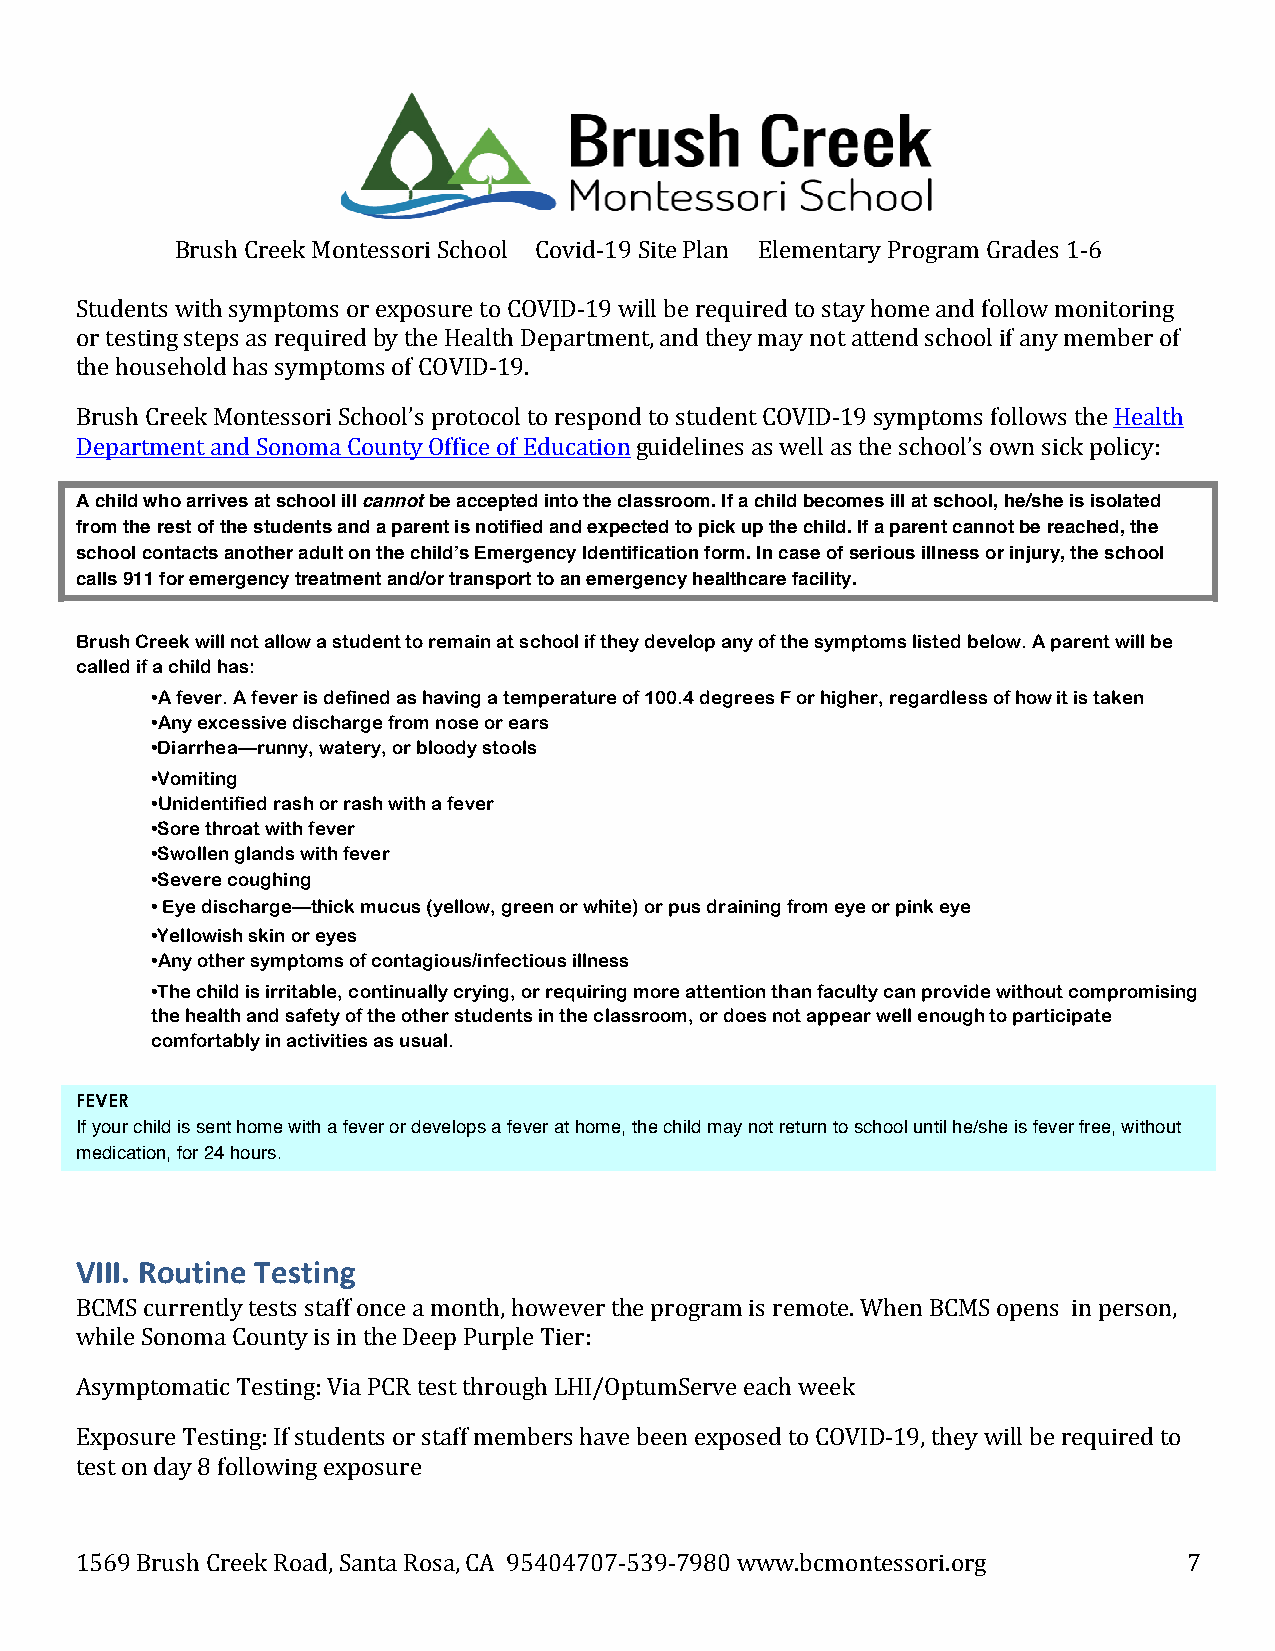
Brush Creek Montessori School Covid-19 Site Plan Elementary Program Grades 1-6
 Students with symptoms or exposure to COVID-19 will be required to stay home and follow monitoring
 or testing steps as required by the Health Department, and they may not attend school if any member of
 the household has symptoms of COVID-19.
 Brush Creek Montessori School’s protocol to respond to student COVID-19 symptoms follows the Health
 Department and Sonoma County Office of Education guidelines as well as the school’s own sick policy:
 A child who arrives at school ill cannot be accepted into the classroom. If a child becomes ill at school, he/she is isolated
 from the rest of the students and a parent is notified and expected to pick up the child. If a parent cannot be reached, the
 school contacts another adult on the child’s Emergency Identification form. In case of serious illness or injury, the school
 calls 911 for emergency treatment and/or transport to an emergency healthcare facility.
 Brush Creek will not allow a student to remain at school if they develop any of the symptoms listed below. A parent will be
 called if a child has:
 •A fever. A fever is defined as having a temperature of 100.4 degrees F or higher, regardless of how it is taken
 •Any excessive discharge from nose or ears
 •Diarrhea—runny, watery, or bloody stools
 •Vomiting
 •Unidentified rash or rash with a fever
 •Sore throat with fever
 •Swollen glands with fever
 •Severe coughing
 • Eye discharge—thick mucus (yellow, green or white) or pus draining from eye or pink eye
 •Yellowish skin or eyes
 •Any other symptoms of contagious/infectious illness
 •The child is irritable, continually crying, or requiring more attention than faculty can provide without compromising
 the health and safety of the other students in the classroom, or does not appear well enough to participate
 comfortably in activities as usual.
 FEVER
 If your child is sent home with a fever or develops a fever at home, the child may not return to school until he/she is fever free, without
 medication, for 24 hours.
 VIII. Routine Testing
 BCMS currently tests staff once a month, however the program is remote. When BCMS opens in person,
 while Sonoma County is in the Deep Purple Tier:
 Asymptomatic Testing: Via PCR test through LHI/OptumServe each week
 Exposure Testing: If students or staff members have been exposed to COVID-19, they will be required to
 test on day 8 following exposure
 1569 Brush Creek Road, Santa Rosa, CA 95404707-539-7980 www.bcmontessori.org 7